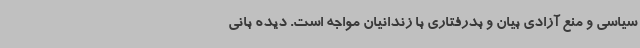
سیاسی و منع آزادی بیان و بدرفتاری با زندانیان مواجه است. دیده بانی